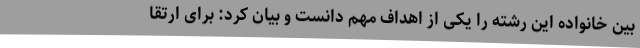
بین خانواده این رشته را یکی از اهداف مهم دانست و بیان کرد: برای ارتقا